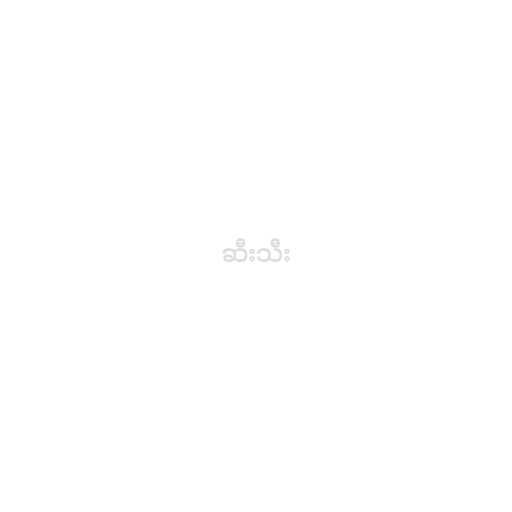
ဆီးသီး